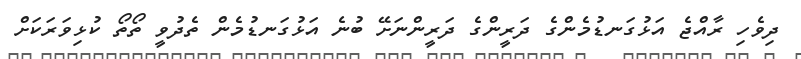
ދިވެހި ރާއްޖެ އަޅުގަނޑުމެންގެ ދަރީންގެ ދަރީންނަށޭ ބުނެ އަޅުގަނޑުމެން ތެދުވީ ތޯތޯ ކުޅިވަރަކަށް